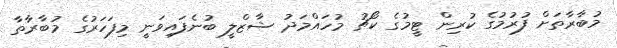
މުބާރާތަށް ފުރުމުގެ ކުރިން ޓީމުގެ ކޯޗު މުހައްމަދު ޝާޒްލީ ބުނެފައިވަނީ މިފަހަރުގެ މުބާރާތާ